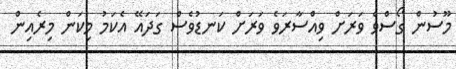
މޫސުން ގޯސްވެ ވަރަށް ވިއްސާރަވެ ވަރަށް ކަނޑުވެސް ގަދައޭ އެކަމު މިކަން މިރެއިން